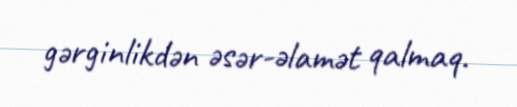
gərginlikdən əsər-əlamət qalmaq.